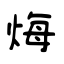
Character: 烸